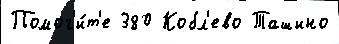
Помог'и́т'е 380 Кобл'ево Ташино